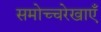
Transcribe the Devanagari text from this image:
समोच्चरेखाएँ